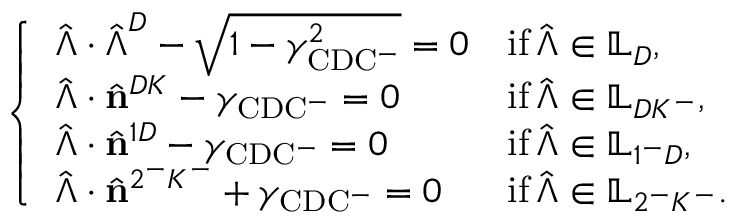
\left\{ \begin{array} { l l } { \hat { \boldsymbol { \Lambda } } \cdot \hat { \boldsymbol { \Lambda } } ^ { D } - \sqrt { 1 - \gamma _ { \mathrm { C D C ^ { - } } } ^ { 2 } } = 0 } & { \mathrm { i f } \, \hat { \boldsymbol { \Lambda } } \in \mathbb { L } _ { D } , } \\ { \hat { \boldsymbol { \Lambda } } \cdot \hat { \mathbf { n } } ^ { D K } - \gamma _ { \mathrm { C D C ^ { - } } } = 0 } & { \mathrm { i f } \, \hat { \boldsymbol { \Lambda } } \in \mathbb { L } _ { D K ^ { - } } , } \\ { \hat { \boldsymbol { \Lambda } } \cdot \hat { \mathbf { n } } ^ { 1 D } - \gamma _ { \mathrm { C D C ^ { - } } } = 0 } & { \mathrm { i f } \, \hat { \boldsymbol { \Lambda } } \in \mathbb { L } _ { 1 ^ { - } D } , } \\ { \hat { \boldsymbol { \Lambda } } \cdot \hat { \mathbf { n } } ^ { 2 ^ { - } K ^ { - } } + \gamma _ { \mathrm { C D C ^ { - } } } = 0 } & { \mathrm { i f } \, \hat { \boldsymbol { \Lambda } } \in \mathbb { L } _ { 2 ^ { - } K ^ { - } } . } \end{array} \right.